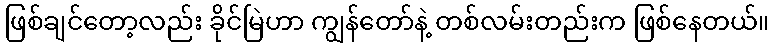
ဖြစ်ချင်တော့လည်း ခိုင်မြဲဟာ ကျွန်တော်နဲ့ တစ်လမ်းတည်းက ဖြစ်နေတယ်။